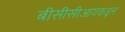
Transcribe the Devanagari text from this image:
बीसीसीआयकडून